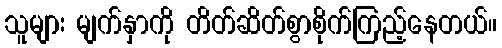
သူများ မျက်နှာကို တိတ်ဆိတ်စွာစိုက်ကြည့်နေတယ်။